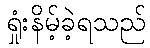
ရှုံးနိမ့်ခဲ့ရသည်